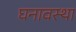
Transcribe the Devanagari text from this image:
घनावस्था